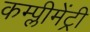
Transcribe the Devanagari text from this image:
कम्प्लीमेंट्री